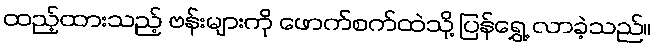
ထည့်ထားသည့် ဗန်းများကို ဖောက်စက်ထဲသို့ ပြန်ရွှေ့ လာခဲ့သည်။